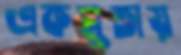
একসুতায়